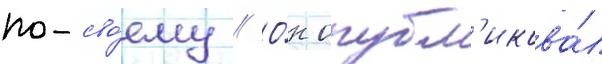
по-сво́ему // О́н опубл'икова́л